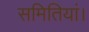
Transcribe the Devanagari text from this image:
समितियां।